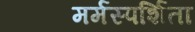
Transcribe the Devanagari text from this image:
मर्मस्पर्शिता